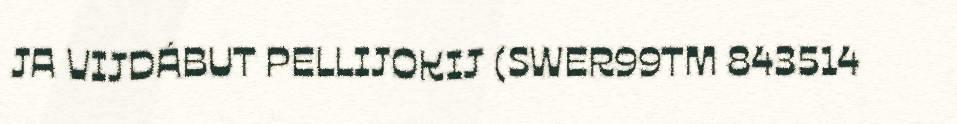
JA VIJDÁBUT PELLIJOKIJ (SWER99TM 843514